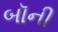
બૉની